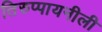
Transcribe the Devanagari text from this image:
तिरुप्पायनीली